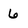
Character: 6